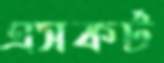
এসকর্ট